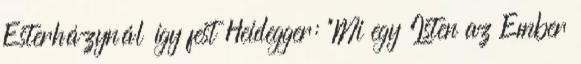
Esterházynál így fest Heidegger: "Mi egy Isten az Ember